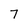
Character: 7